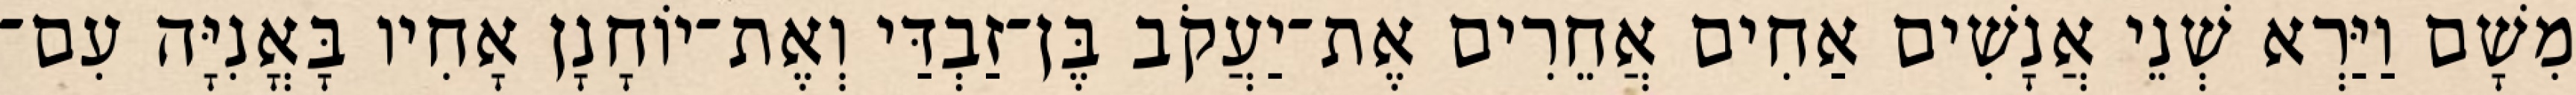
מִשָׁם וַיַּרְא שְׁנֵי אֲנָשִׁים אַחִים אֲחֵרִים אֶת־יַעֲקֹב בֶּן־זַבְדַּי וְאֶת־יוֹחָנָן אָחִיו בָּאֳנִיָּה עִם־